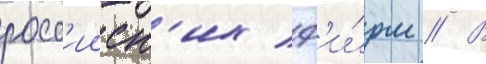
росс'ииск'их ф'и́рм // В